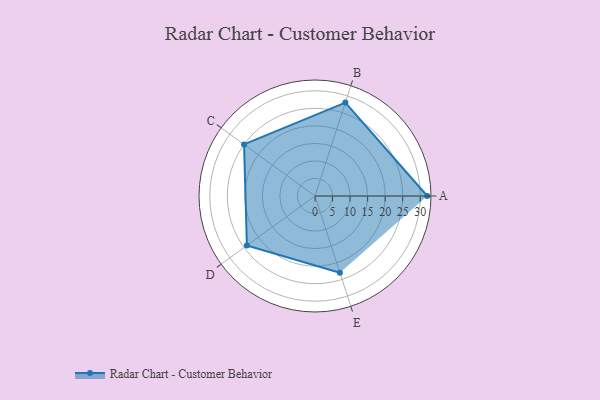
{"axis": {"x": "Skill", "y": "Score"}, "legend": ["Profile"], "data": [{"x": "A", "y": 32.0, "type": "Profile"}, {"x": "B", "y": 28.0, "type": "Profile"}, {"x": "C", "y": 25.0, "type": "Profile"}, {"x": "D", "y": 24.0, "type": "Profile"}, {"x": "E", "y": 23.0, "type": "Profile"}]}